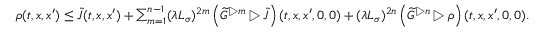
\begin{array} { r } { \rho ( t , x , x ^ { \prime } ) \le \widetilde { J } ( t , x , x ^ { \prime } ) + \sum _ { m = 1 } ^ { n - 1 } ( \lambda L _ { \sigma } ) ^ { 2 m } \left( \widetilde { G } ^ { \triangleright m } \triangleright \widetilde { J } \right) ( t , x , x ^ { \prime } , 0 , 0 ) + ( \lambda L _ { \sigma } ) ^ { 2 n } \left( \widetilde { G } ^ { \triangleright n } \triangleright \rho \right) ( t , x , x ^ { \prime } , 0 , 0 ) . } \end{array}